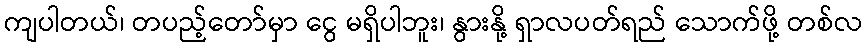
ကျပါတယ်၊ တပည့်တော်မှာ ငွေ မရှိပါဘူး၊ နွားနို့ ရှာလပတ်ရည် သောက်ဖို့ တစ်လ